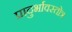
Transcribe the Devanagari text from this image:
प्रादुर्भावस्तोत्र